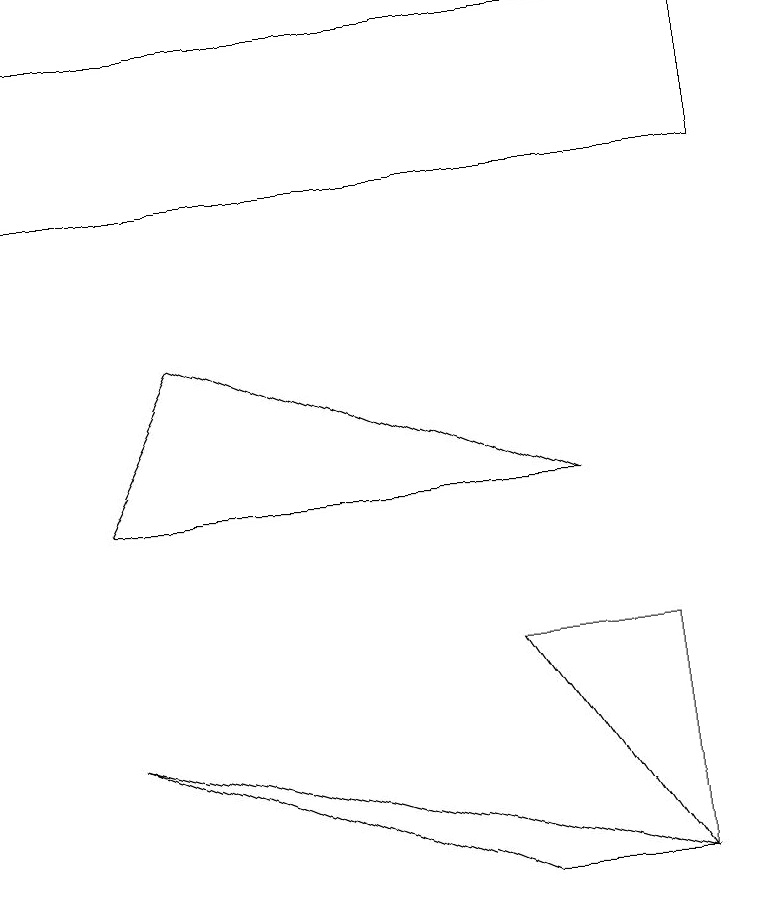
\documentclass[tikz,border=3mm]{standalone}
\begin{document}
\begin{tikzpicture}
\draw (6,2) -- (1,4) -- (8,2) -- cycle;
\draw (7,7) -- (1,7) -- (2,9) -- cycle;
\draw (6,5) -- (8,2) -- (8,5) -- cycle;
\draw (0,11) rectangle (9,13);
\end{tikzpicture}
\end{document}